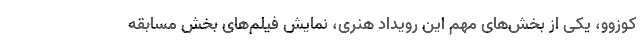
کوزوو، یکی از بخش‌های مهم این رویداد هنری، نمایش فیلم‌های بخش مسابقه